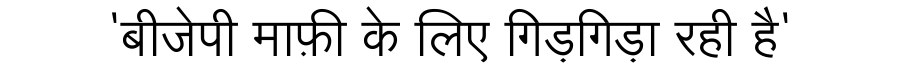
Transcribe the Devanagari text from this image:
'बीजेपी माफ़ी के लिए गिड़गिड़ा रही है'